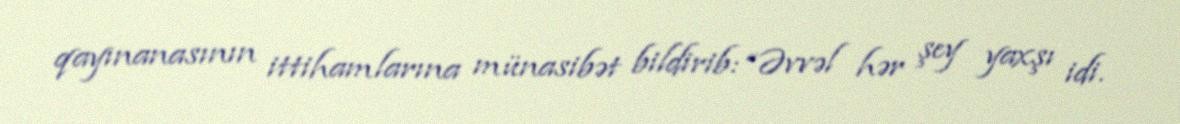
qayınanasının ittihamlarına münasibət bildirib: “Əvvəl hər şey yaxşı idi.